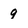
Character: 9